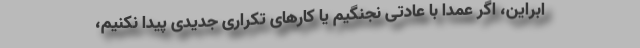
ابراین، اگر عمداً با عادتی نجنگیم یا کارهای تکراری جدیدی پیدا نکنیم،